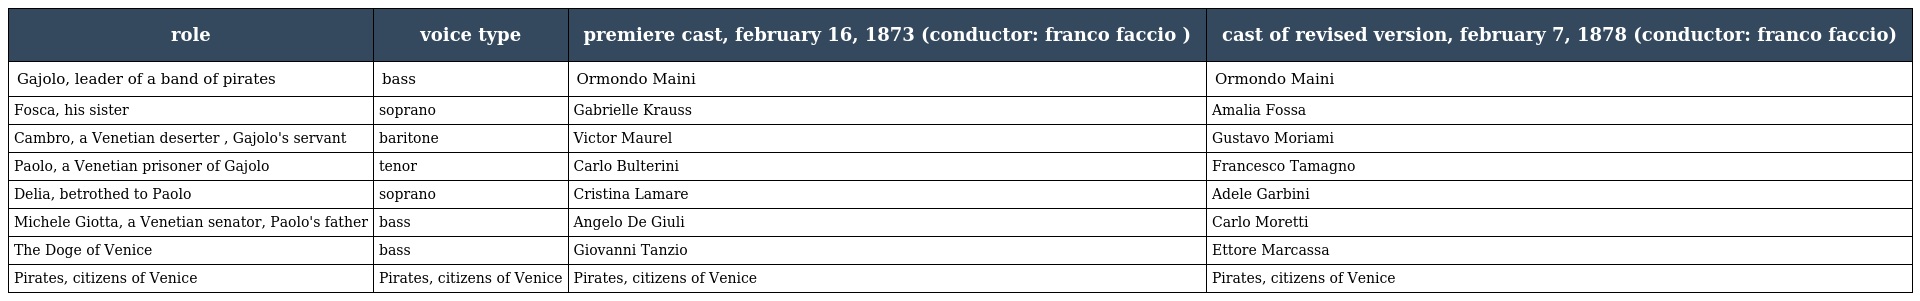
| role | voice type | premiere cast, february 16, 1873 (conductor: franco faccio ) | cast of revised version, february 7, 1878 (conductor: franco faccio) |
 | --- | --- | --- | --- |
 | Gajolo, leader of a band of pirates | bass | Ormondo Maini | Ormondo Maini |
 | Fosca, his sister | soprano | Gabrielle Krauss | Amalia Fossa |
 | Cambro, a Venetian deserter , Gajolo's servant | baritone | Victor Maurel | Gustavo Moriami |
 | Paolo, a Venetian prisoner of Gajolo | tenor | Carlo Bulterini | Francesco Tamagno |
 | Delia, betrothed to Paolo | soprano | Cristina Lamare | Adele Garbini |
 | Michele Giotta, a Venetian senator, Paolo's father | bass | Angelo De Giuli | Carlo Moretti |
 | The Doge of Venice | bass | Giovanni Tanzio | Ettore Marcassa |
 | Pirates, citizens of Venice | Pirates, citizens of Venice | Pirates, citizens of Venice | Pirates, citizens of Venice |